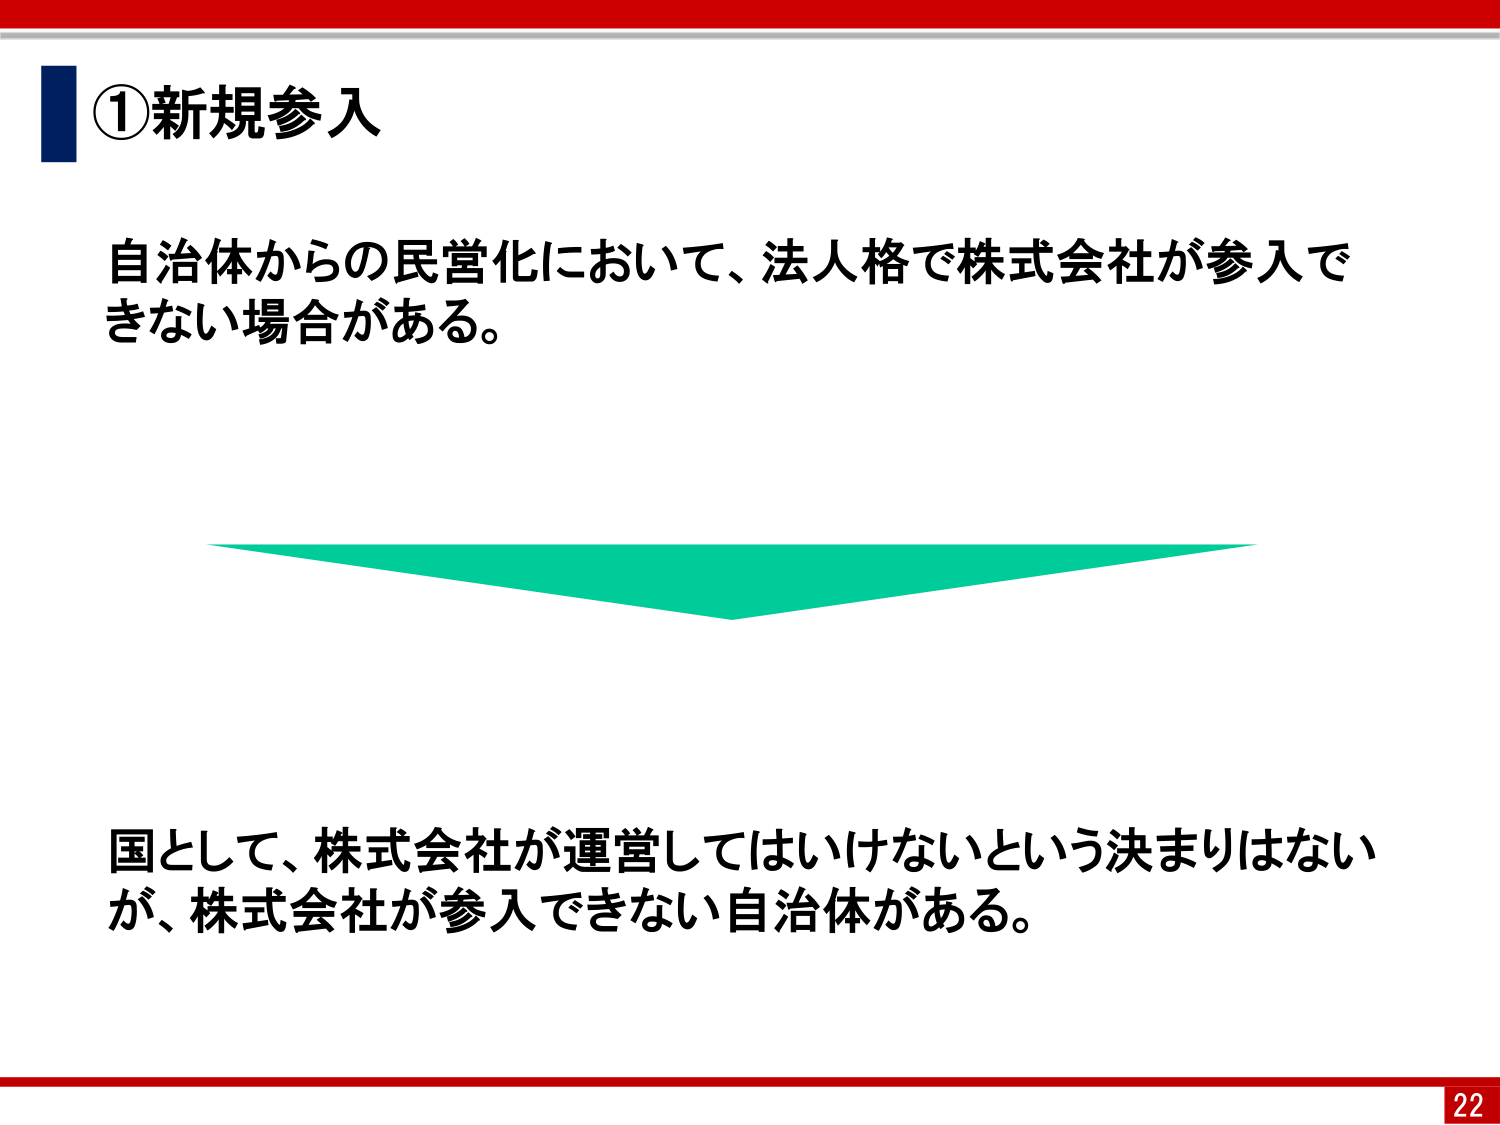
①新規参入

自治体からの民営化において、法人格で株式会社が参入できない場合がある。

国として、株式会社が運営してはいけないという決まりはないが、株式会社が参入できない自治体がある。

22